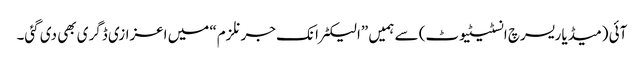
آئی (میڈیا ریسرچ انسٹیٹیوٹ) سے ہمیں ”الیکٹرانک جرنلزم“ میں اعزازی ڈگری بھی دی گئی۔